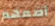
أضعهم